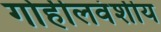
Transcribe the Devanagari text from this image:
गोहीलवंशीय